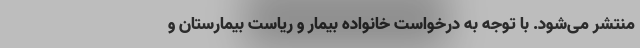
منتشر می‌شود. با توجه به درخواست خانواده بیمار و ریاست بیمارستان و